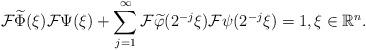
LaTeX: \begin{align*}\mathcal{F}\widetilde{\Phi }(\xi )\mathcal{F}\Psi (\xi )+\sum_{j=1}^{\infty }\mathcal{F}\widetilde{\varphi }(2^{-j}\xi )\mathcal{F}\psi (2^{-j}\xi)=1,\xi \in \mathbb{R}^{n}. \end{align*}